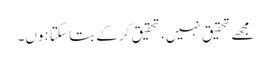
مجھے تحقیق نہیں، تحقیق کر کے بتا سکتا ہوں۔